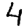
Digit: 4